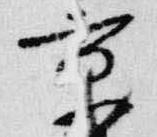
京